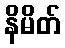
နိမိတ်